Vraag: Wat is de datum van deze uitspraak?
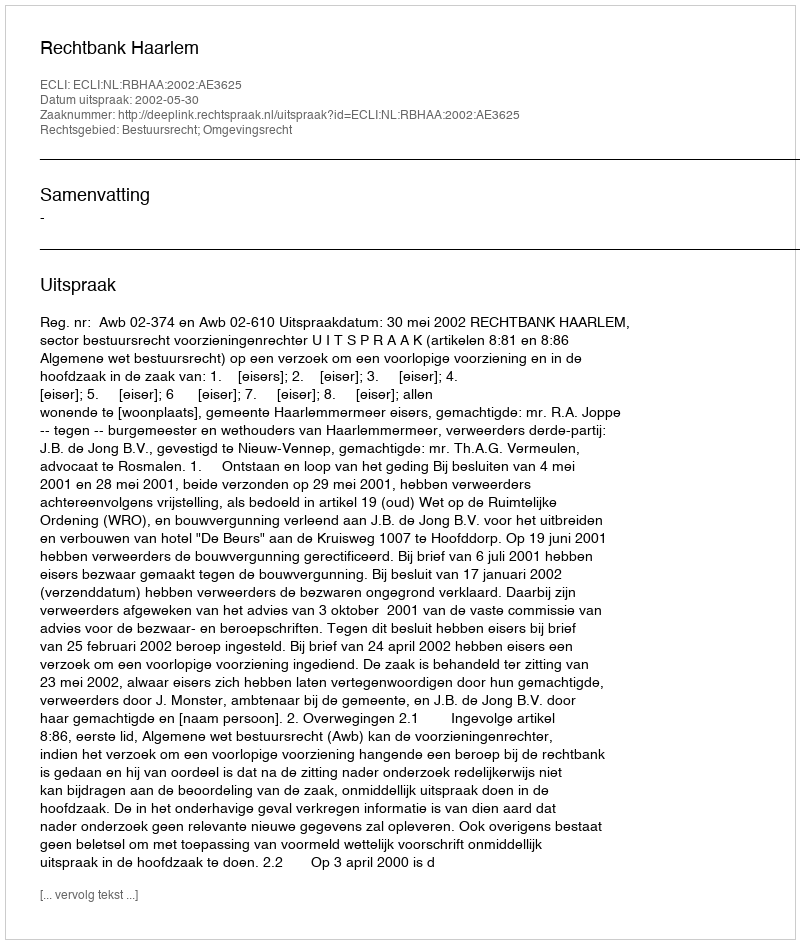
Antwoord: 2002-05-30